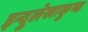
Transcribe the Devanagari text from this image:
इन्दुलेखाकुण्ड